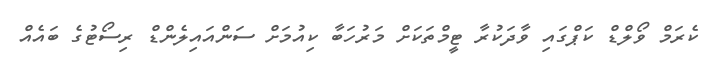
ކެރަމް ވޯލްޑް ކަޕްގައި ވާދަކުރާ ޓީމްތަކަށް މަރުހަބާ ކިއުމަށް ސަންއައިލެންޑް ރިސޯޓުގެ ބައެއް